Document type: Emphyteutic lease
Year: 1316
Scribe: Guillem de Vila
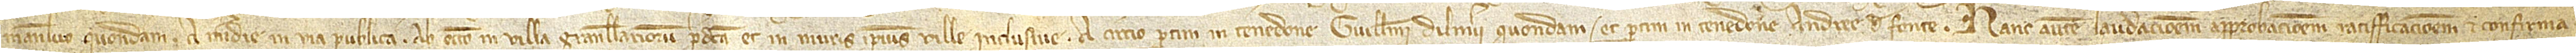
Manlevo, quondam; a meridie in via publica; ab occiduo in villa Granullariorum predicta et in muris  ipsius ville inclusive; a circio partim in tenedone Guillelmi Dilmerii, quondam, et partim in tenedone Andree de Fonte. Hanc autem laudacionem, approbacionem, ratifficacionem et confirma-